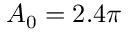
A _ { 0 } = 2 . 4 \pi